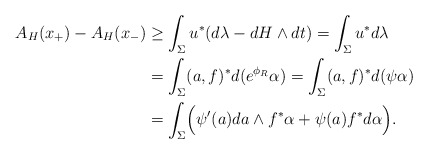
\begin{align*} A_H(x_+)-A_H(x_-) &\geq \int_{\Sigma}u^*(d\lambda-dH\wedge dt) = \int_{\Sigma}u^*d\lambda\cr &= \int_{\Sigma}(a,f)^*d(e^{\phi_R}\alpha) = \int_{\Sigma}(a,f)^*d(\psi\alpha)\cr &= \int_{\Sigma}\Bigl(\psi'(a)da\wedge f^*\alpha+\psi(a)f^*d\alpha\Bigr).\end{align*}